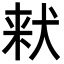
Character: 𪺽